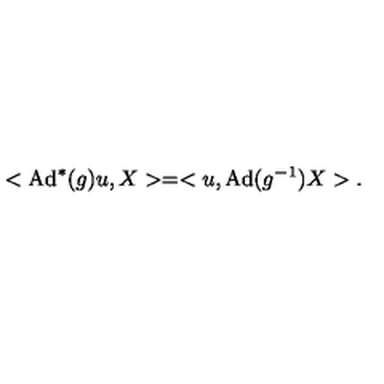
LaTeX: < \mathrm { A d } ^ { * } ( g ) u , X > = < u , \mathrm { A d } ( g ^ { - 1 } ) X > .